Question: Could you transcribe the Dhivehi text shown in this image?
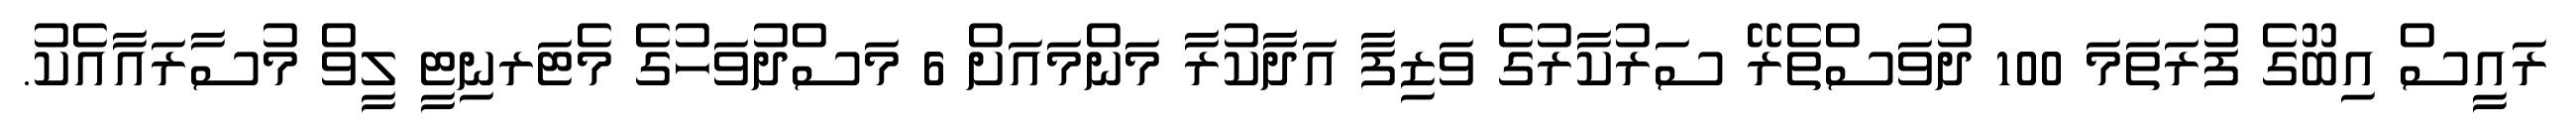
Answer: ރައީސް އިބޫގެ ފުރަތަމަ 100 ދުވަސްތެރޭ ސަރުކާރުގެ ވަޒިފާ އަދާކުރާ މަންމައަށް 6 މަސްދުވަހުގެ މެޓަރނިޓީ ލީވް މުސާރައާއެކު.